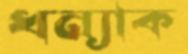
ধন্যাক